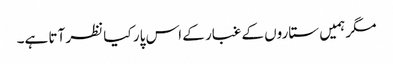
مگر ہمیں ستاروں کے غبار کے اس پار کیا نظر آتا ہے۔